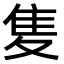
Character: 𨾏